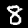
Label: 8